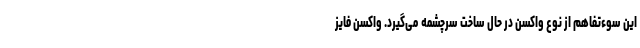
این سوء‌تفاهم از نوع واکسن در حال ساخت سرچشمه می‌گیرد. واکسن فایز